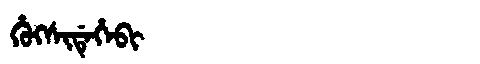
Manchu: ᡥᡠᡴᠰᡳᡩᡝᡥᡝᠪᡳ
Romanization: HUKSIDEHEBI